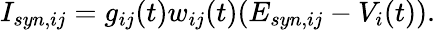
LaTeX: I_{syn,ij}=g_{ij}(t)w_{ij}(t)(E_{syn,ij}-V_{i}(t)).